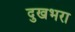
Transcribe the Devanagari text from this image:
दुखभरा